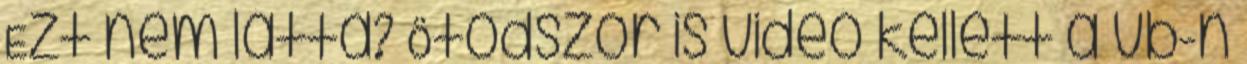
Ezt nem látta? Ötödször is videó kellett a vb-n